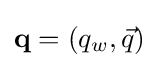
\mathbf {q} =(q_{w},{\vec {q}})